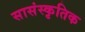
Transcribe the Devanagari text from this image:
सासंस्कृतिक